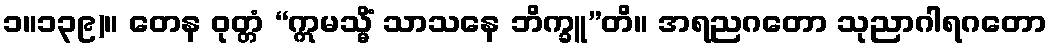
၁။၁၃၉)။ တေန ဝုတ္တံ “ဣမသ္မိံ သာသနေ ဘိက္ခူ”တိ။ အရညဂတော သုညာဂါရဂတော